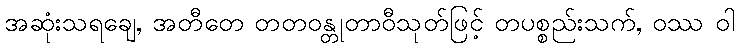
အဆုံးသရချေ, အတီတေ တတဝန္တုတာဝီသုတ်ဖြင့် တပစ္စည်းသက်, ဝဿ ဝါ